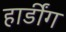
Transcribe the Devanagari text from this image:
हार्डींग